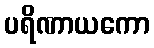
ပရိဏာယကော